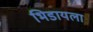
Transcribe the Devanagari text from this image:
भिडायला